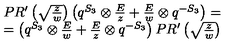
\begin{array} { c } { P R ^ { \prime } \left( \sqrt { \frac { z } { w } } \right) \left( q ^ { S _ { 3 } } \otimes { \frac { E } { z } } + { \frac { E } { w } } \otimes q ^ { - S _ { 3 } } \right) = } \\ { = \left( q ^ { S _ { 3 } } \otimes { \frac { E } { w } } + { \frac { E } { z } } \otimes q ^ { - S _ { 3 } } \right) P R ^ { \prime } \left( \sqrt { \frac { z } { w } } \right) } \\ \end{array}